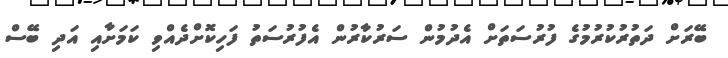
ބޭރަށް ދަތުރުކުރުމުގެ ފުރުސަތަށް އެދުމުން ސަރުކާރުން އެފުރުސަތު ފަހިކޮށްދެއްވި ކަމަށާއި އަދި ބޭސް